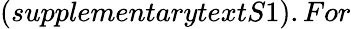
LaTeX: (supplementarytextS1).For